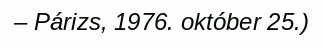
– Párizs, 1976. október 25.)